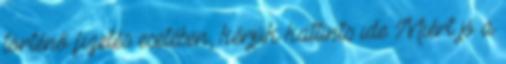
történő fizetés esetében, kérjük kattints ide Miért jó a